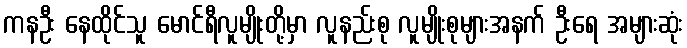
ကနဦး နေထိုင်သူ မောင်ရီလူမျိုးတို့မှာ လူနည်းစု လူမျိုးစုများအနက် ဦးရေ အများဆုံး